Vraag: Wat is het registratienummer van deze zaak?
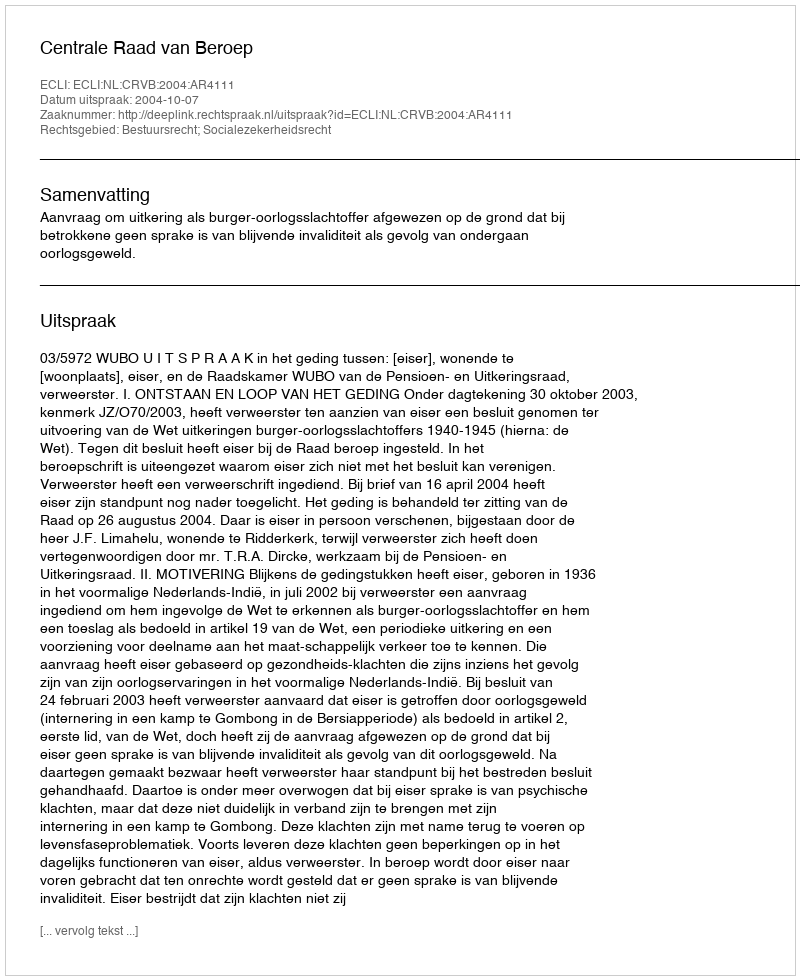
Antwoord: http://deeplink.rechtspraak.nl/uitspraak?id=ECLI:NL:CRVB:2004:AR4111